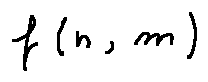
f ( n , m )